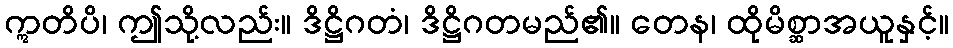
ဣတိပိ၊ ဤသို့လည်း။ ဒိဋ္ဌိဂတံ၊ ဒိဋ္ဌိဂတမည်၏။ တေန၊ ထိုမိစ္ဆာအယူနှင့်။